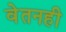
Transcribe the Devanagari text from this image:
वेतनही